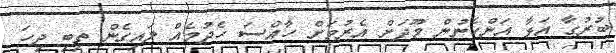
ބުރުގާ އަޅާ އަންހެނުން މޫދަށް އެރުމަށް ހާއްސަ ހެދުމެއް ލައިގެން ތިބި ދިހަ